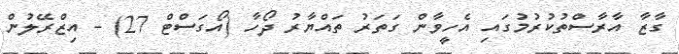
ގާޒާ އާރާސްތުކުރުމުގައި އެހީވާން ގަތަރު ތައްޔާރު ދޯހާ (އޯގަސްޓް 27) - އިޒްރޭލުން